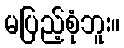
မပြည့်စုံဘူး။